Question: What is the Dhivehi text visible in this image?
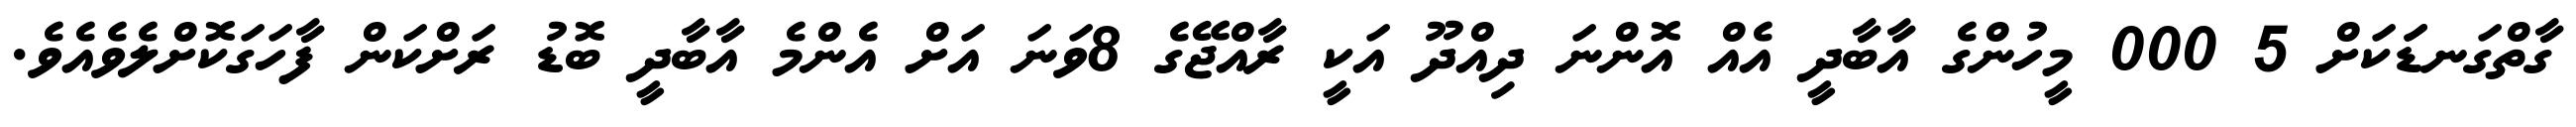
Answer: ގާތްގަނޑަަކަށް 5 000 މީހުންގެ އާބާދީ އެއް އޮންނަ ދިއްދޫ އަކީ ރާއްޖޭގެ 8ވަނަ އަށް އެންމެ އާބާދީ ބޮޑު ރަށްކަން ފާހަގަކޮށްލެވެއެވެ.